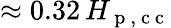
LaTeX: \approx 0.32\, H_{\mathrm{~p~,~c~c~}}